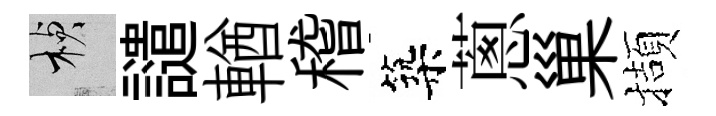
楨譴輶稽築蔥巢擷